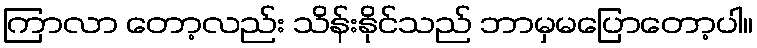
ကြာလာ တော့လည်း သိန်းနိုင်သည် ဘာမှမပြောတော့ပါ။